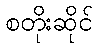
စတိုးဆိုင်